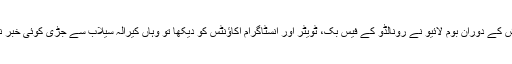
اپنی تفتیش کے دوران بوم لائیو نے رونالڈو کے فیس بک، ٹویٹر اور انسٹاگرام اکاؤنٹس کو دیکھا تو وہاں کیرالہ سیلاب سے جڑی کوئی خبر نہیں تھی۔